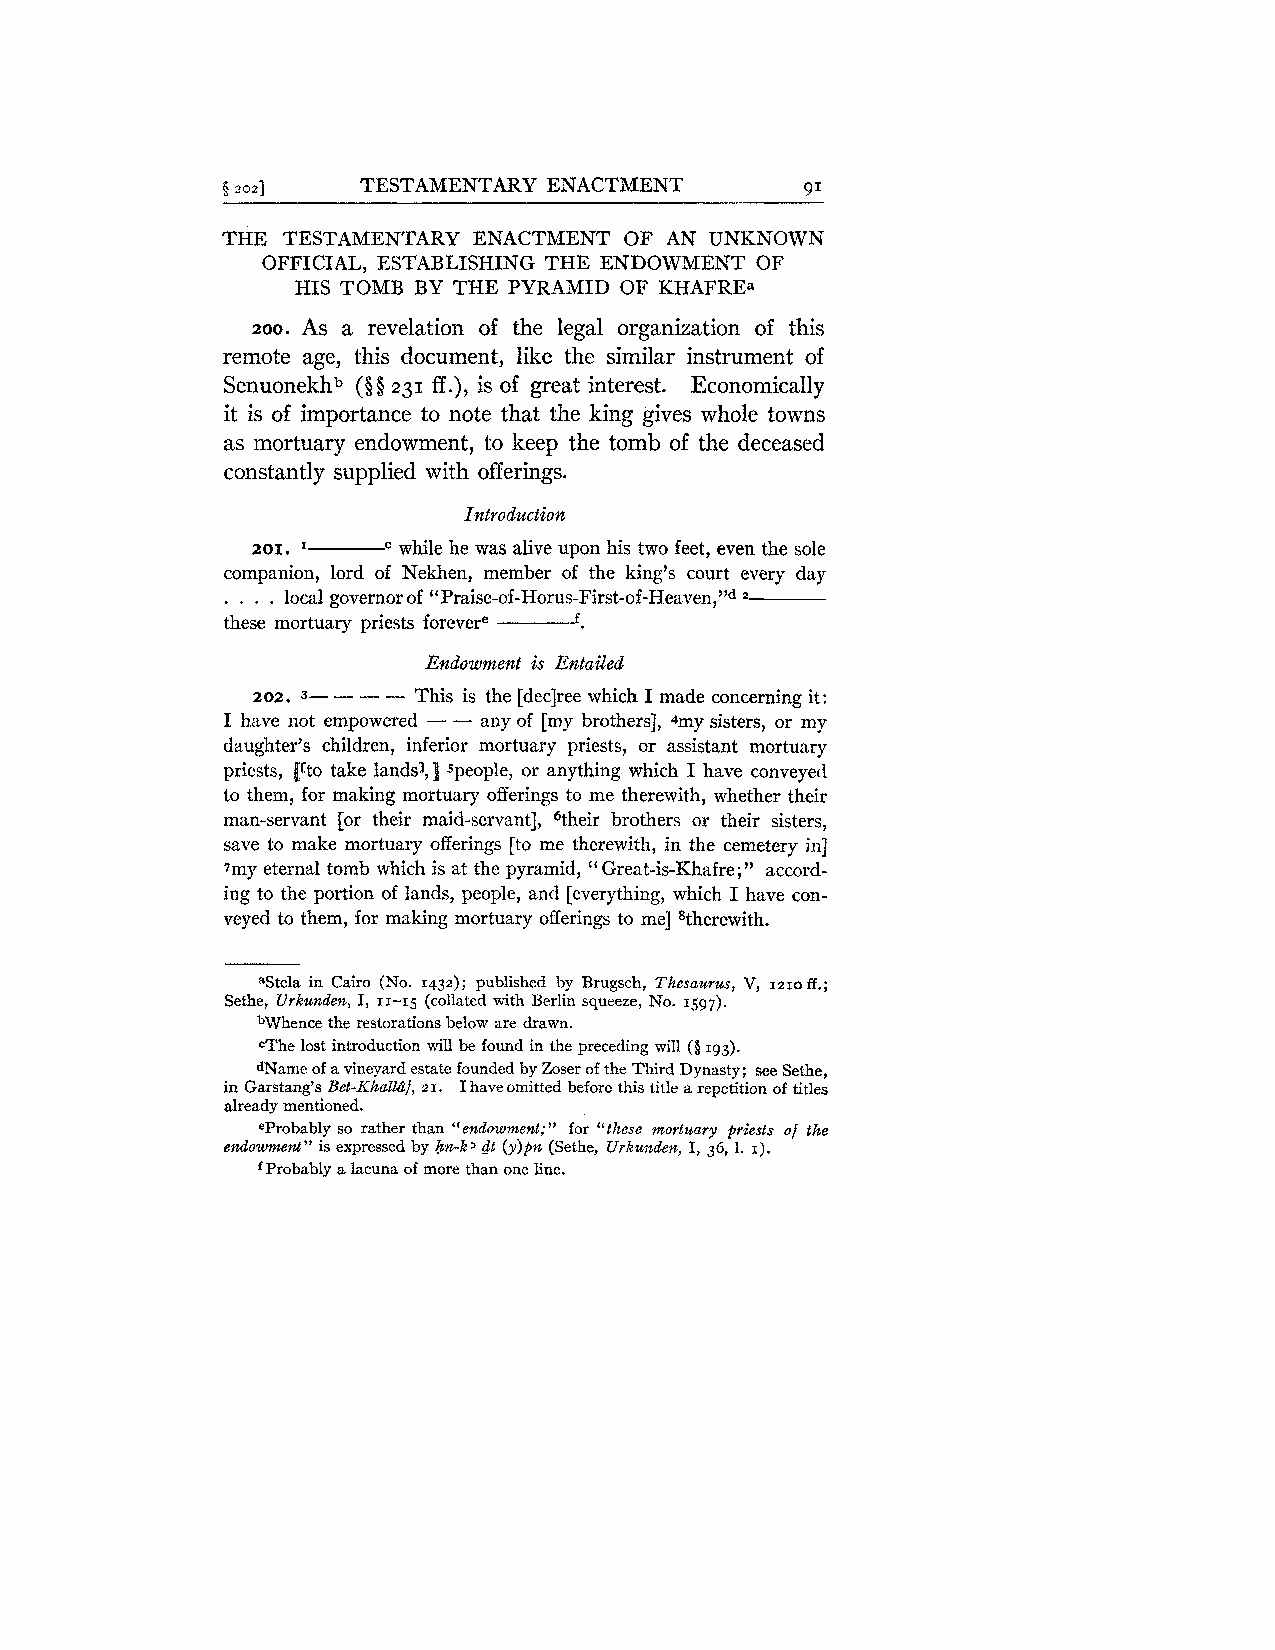
3 2021   TESTAMENTARY ENACTMENT       9 -1
 THE TESTAMENTARY ENACTMENT OF AN UNKNOWN
 OFFICIAL, ESTABLISHING THE ENDOWMENT OF
 HIS TOMB BY THE PYRAMID OF KHAFREa
 zoo. As a revelation of the legal organization of this
 remote age, this document, like the similar instrument of
 Senuonekhb (0 8 231 ff .), is of great interest. Economically
 it is of importance to note that the king gives whole towns
 as mortuary endowment, to keep the tomb of the deceased
 constantly supplied with offerings.
 201. I   while he was alive upon his two feet, even the sole
 companion, lord of Nekhen, member of the king's court every day
 . . . . local governor of "Praise-of-Horus-First-of-Heaven,"d
 ------f.
 these mortuary priests forevere
 Endowment is Entailed
 202. 3- - - - This is the [declree which I made concerning it:
 I have not empowered - - any of [my brothers], 4my sisters, or my
 daughter's children, inferior mortuary priests, or assistant mortuary
 priests, ifto take landsj,] speople, or anything which I have conveyed
 to them, for making mortuary offerings to me therewith, whether their
 man-servant [or their maid-servant], 6their brothers or their sisters,
 save to make mortuary offerings [to me therewith, in the cemetery in]
 7my eternal tomb which is at the pyramid, Great-is-Khafre;" accord-
 "
 ing to the portion of lands, people, and [everything, which I have con-
 veyed to them, for making mortuary offerings to me] stherewith.
 "Stela in Cairo (No. 1432); published by Brugsch, Thesaurus, V, 1210 BE.;
 Sethe, Urkunden, I, 11-15 (collated with Berlin squeeze, No. 1597).
 bWhence the restorations below are drawn.
 cThe lost introduction will be found in the preceding will (8 193).
 dName of a vineyard estate founded by Zoser of the Third Dynasty; see Sethe,
 in Garstang's Bet-KhalkZf, 21. I haveomitted before this title a repetition of titles
 already mentioned.
 eprobably so rather than "endowment;" for "these mortuary priests of the
 endowment" is expressed by hn-k' dt (y)pn (Sethe, Urkunden, I, 36, 1. I).
 Probably a lacuna of more than one line.
 f